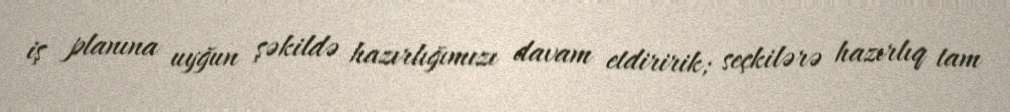
iş planına uyğun şəkildə hazırlığımızı davam etdiririk; seçkilərə hazırlıq tam